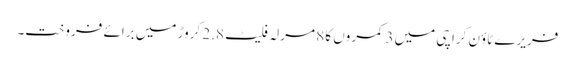
فریرے ٹاؤن کراچی میں 3 کمروں کا 8 مرلہ فلیٹ 2.8 کروڑ میں برائے فروخت۔